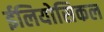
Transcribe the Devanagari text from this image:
ईलियोसिकल